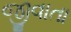
જીવાતા